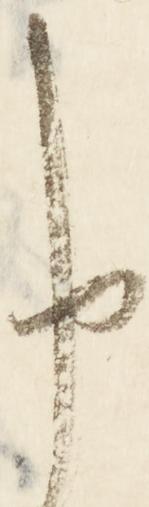
申